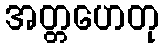
အတ္တဟေတု